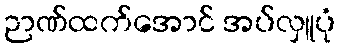
ဉာဏ်ထက်အောင် အပ်လှူပုံ